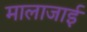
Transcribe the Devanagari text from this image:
मालाजाई